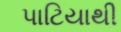
પાટિયાથી